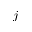
j